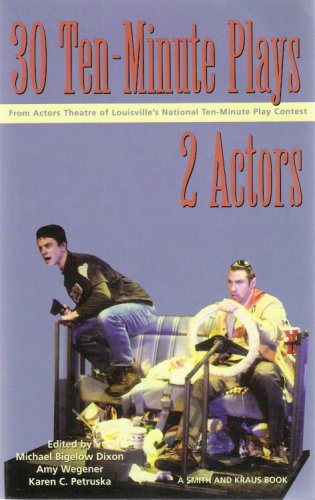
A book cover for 30 Ten-Minute Plays from the Actors Theatre of Louisville for 2 Actors; Michael Bigelow Dixon; Literature & Fiction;